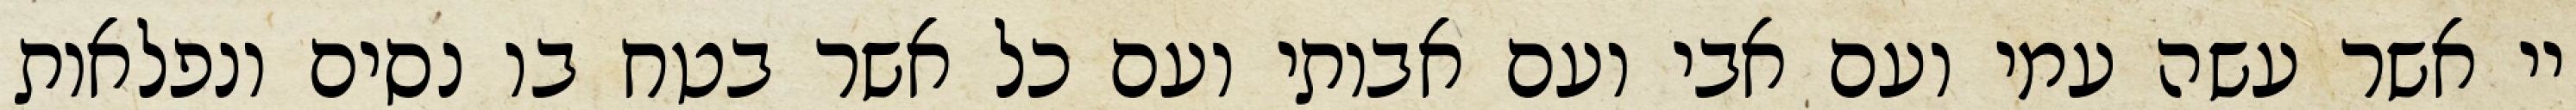
יי אשר עשה עמי ועם אבי ועם אבותי ועם כל אשר בטח בו נסים ונפלאות